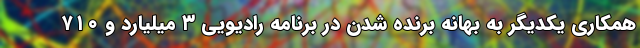
همکاری یکدیگر به بهانه برنده شدن در برنامه رادیویی ۳ میلیارد و ۷۱۰